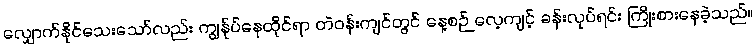
လျှောက်နိုင်သေးသော်လည်း ကျွန်ုပ်နေထိုင်ရာ တဲဝန်းကျင်တွင် နေ့စဉ် လေ့ကျင့် ခန်းလုပ်ရင်း ကြိုးစားနေခဲ့သည်။